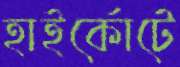
হাইর্কোটে